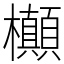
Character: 㰜